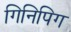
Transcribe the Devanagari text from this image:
गिनिपिग